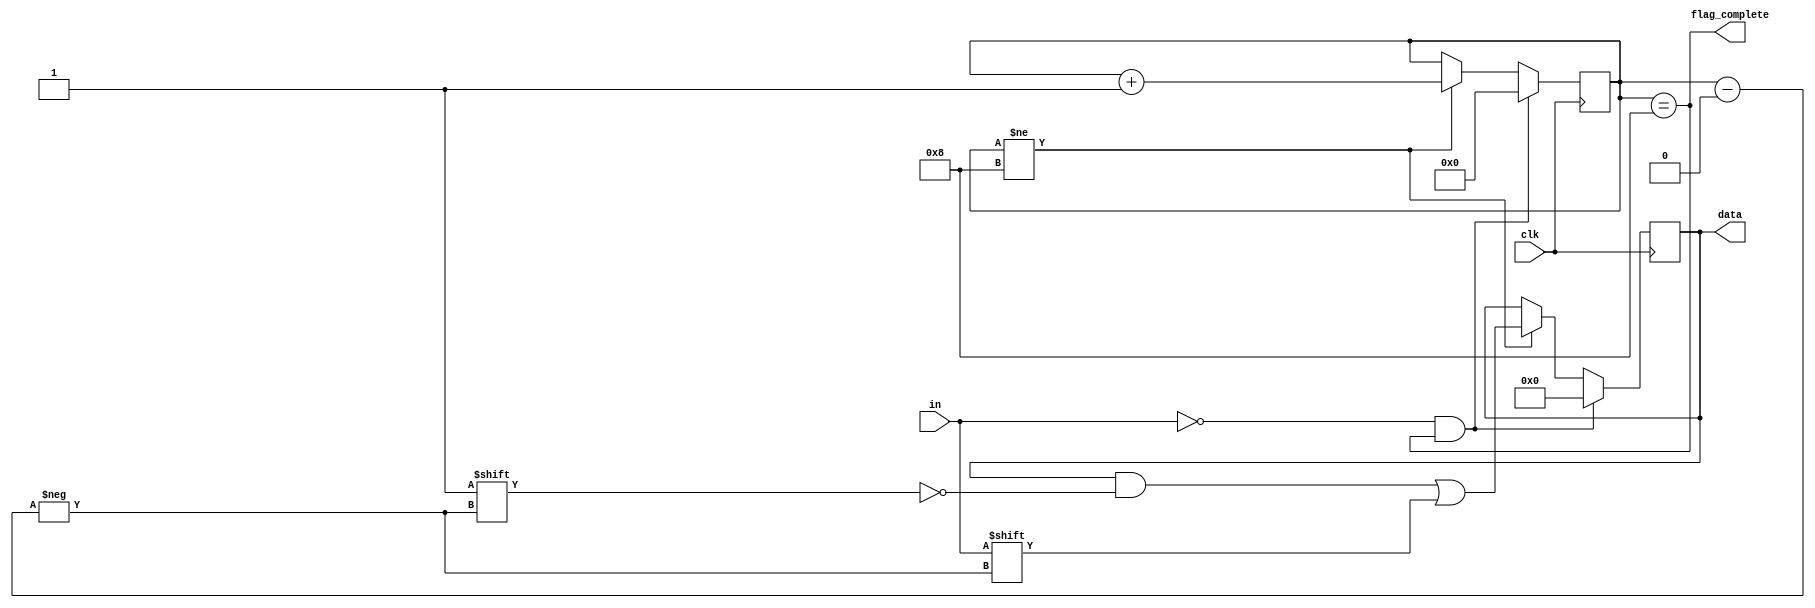
module uart_in (
	input clk,
	input in,

	output reg [7:0]data,
	output flag_complete
);

reg [3:0]bit_num = 8;

always @(posedge clk) begin
	if((in == 0) && (bit_num == 8))
	begin
		bit_num <= 0;
		data <= 0;
	end

	else if(bit_num != 8)
	begin
		bit_num <= bit_num + 1;
		data[bit_num] <= in;
	end
end

assign flag_complete = (bit_num == 8);

endmodule